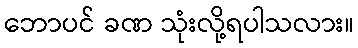
ဘောပင် ခဏ သုံးလို့ရပါသလား။